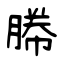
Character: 幐